Vaccination Hyderabad 1872-1889 - 1872-1889
Year: 1872
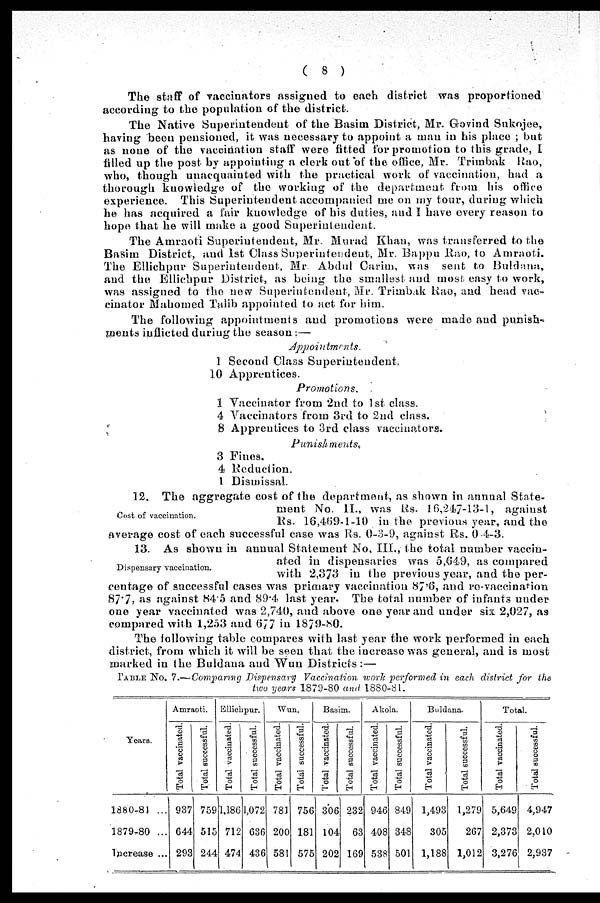
( 8 )
The staff of vaccinators assigned to each district was proportioned
according to the population of the district.
The Native Superintendent of the Basim District, Mr. Govind Sukojee,
having been pensioned, it was necessary to appoint a man in his place ; but
as none of the vaccination staff were fitted for promotion to this grade, I
filled up the post by appointing a clerk out of the office, Mr. Trimbak Rao,
who, though unacquainted with the practical work of vaccination, had a
thorough knowledge of the working of the department from his office
experience. This Superintendent accompanied me on my tour, during which
he has acquired a fair knowledge of his duties, and I have every reason to
hope that he will make a good Superintendent.
The Amraoti Superintendent, Mr. Murad Khan, was transferred to the
Basim District, and 1st Class Superintendent, Mr. Bappu Rao, to Amraoti.
The Ellichpur Superintendent, Mr. Abdul Carim, was sent to Buldana,
and the Ellichpur District, as being the smallest and most easy to work,
was assigned to the new Superintendent, Mr. Trimbak Rao, and head vac¬
cinator Mahomed Talib appointed to act for him.
The following appointments and promotions were made and punish¬
ments inflicted during the season:—
Appointments.
1
10
Second Class Superintendent.
Apprentices.
Promotions.
1
4
8
Vaccinator from 2nd to 1st class.
Vaccinators from 3rd to 2nd class.
Apprentices to 3rd class vaccinators.
Punishments.
3
4
1
Fines.
Reduction.
Dismissal.
Cost of vaccination.
12. The aggregate cost of the department, as shown in annual State-
ment No. II., was Rs. 16,247-13-1, against
Rs. 16,469-1-10 in the previous year, and the
average cost of each successful case was Rs. 0-3-9, against Rs, 0-4-3.
Dispensary vaccination.
13. As shown in annual Statement No, III., the total number vaccin-
ated in dispensaries was 5,649, as compared
with 2,373 in the previous year, and the per-
centage of successful cases was primary vaccination 87.6, and re-vaccination
87.7, as against 84.5 and 89.4 last year. The total number of infants under
one year vaccinated was 2,740, and above one year and under six 2,027, as
compared with 1,253 and 677 in 1879-80.
The following table compares with last year the work performed in each
district, from which it will be seen that the increase was general, and is most
marked in the Buldana and Wun Districts :—
TABLE No. 7.—Comparing Dispensary Vaccination work performed in each district for the
two years 1879-80 and 1880-81.
Years.
1880-81 ...
1879-80 ...
Increase ...
Amraoti.
Total vaccinated.
937
644
293
Total successful.
759
515
244
Ellichpur.
Total vaccinated.
1,186
712
474
Total successful.
1,072
636
436
Wun.
Total vaccinated.
781
200
581
Total successful.
756
181
575
Basim.
Total vaccinated.
306
104
202
Total successful.
232
63
169
Akola.
Total vaccinated.
946
408
538
Total successful.
849
348
501
Buldana.
Total vaccinated.
1,493
305
1,188
Total successful.
1,279
267
1,012
Total.
Total vaccinated.
5,649
2,373
3,276
Total successful.
4,947
2,010
2,937